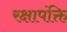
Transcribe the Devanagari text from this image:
रक्षापंक्ति